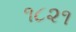
૧૮૨૧